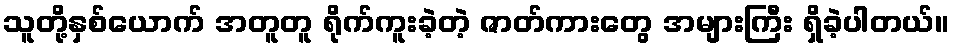
သူတို့နှစ်ယောက် အတူတူ ရိုက်ကူးခဲ့တဲ့ ဇာတ်ကားတွေ အများကြီး ရှိခဲ့ပါတယ်။